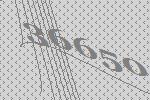
36650